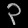
Digit: ၃